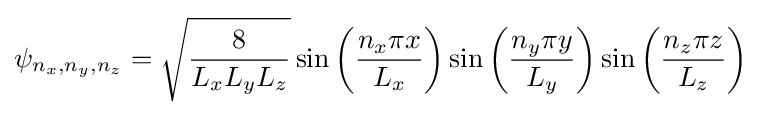
\psi _{n_{x},n_{y},n_{z}}={\sqrt {\frac {8}{L_{x}L_{y}L_{z}}}}\sin \left({\frac {n_{x}\pi x}{L_{x}}}\right)\sin \left({\frac {n_{y}\pi y}{L_{y}}}\right)\sin \left({\frac {n_{z}\pi z}{L_{z}}}\right)